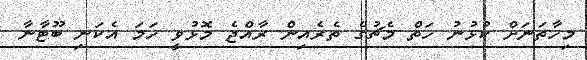
މިހާތަނަށް ކުޅުނު ހަތް މެޗުގެ ތެރެއިން ރާއްޖެ މޮޅުވީ ހަމަ އެކަނި ބޫޓާނާ